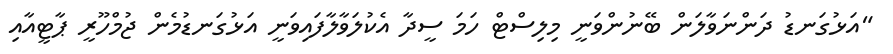
"އަޅުގަނޑު ދަންނަވާލަން ބޭނުންވަނީ މިލިސްޓް ހަމަ ސީދާ އެކުލަވާލާފައިވަނީ އަޅުގަނޑުމެން ޖުމްހޫރީ ޕާޓީއާއި